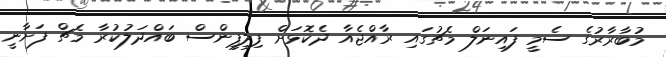
މުބާރާރުގެ ސެމީ ފައިނަލް މެޗުގައި ރާއްޖެއާ ދެކޮޅަށް ފިލިޕީންސް ބައްދަލުކުރާ މެޗް ފަށާނީ